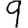
Digit: 9